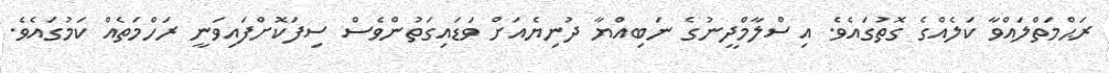
ރަޙްމަތްލައްވާ ކަލެއްގެ ގޮތުގައެވެ. އިސްލާމްދީނުގެ ނަބިއްޔާ ދުނިޔެއަށް ވަޑައިގަތުންވެސް ސިފަކޮށްފައިވަނީ ރަހްމަތެއް ކަމުގައެވެ.